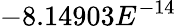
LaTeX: -8.14903E^{-14}